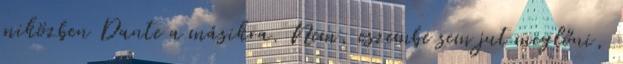
miközben Dante a másikra. Nem, eszembe sem jut meglőni,